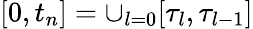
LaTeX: [0,t_{n}]=\cup_{l=0}[\tau_{l},\tau_{l-1}]